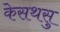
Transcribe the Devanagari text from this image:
केसथसु